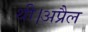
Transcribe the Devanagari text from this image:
थी।अप्रैल